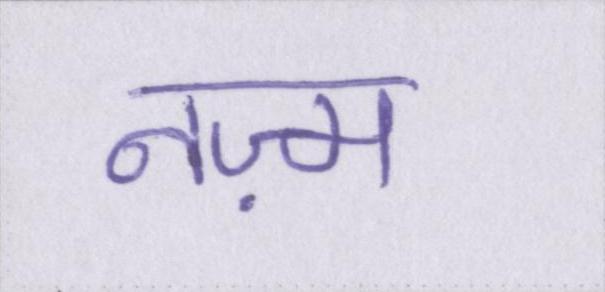
नज़्म